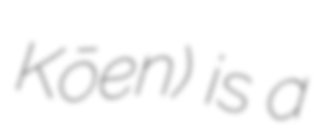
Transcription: Kōen) is a